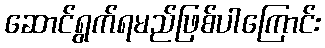
ဆောင်ရွက်ရမည်ဖြစ်ပါကြောင်း